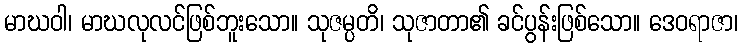
မာဃဝါ၊ မာဃလုလင်ဖြစ်ဘူးသော။ သုဇမ္ပတိ၊ သုဇာတာ၏ ခင်ပွန်းဖြစ်သော။ ဒေဝရာဇာ၊